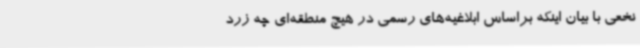
نخعی با بیان اینکه براساس ابلاغیه‌های رسمی در هیچ منطقه‌ای چه زرد